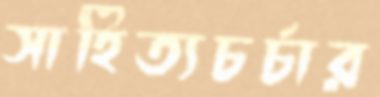
সাহিত্যচর্চার